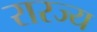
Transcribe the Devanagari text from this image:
रारज्य